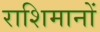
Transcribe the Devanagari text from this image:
राशिमानों